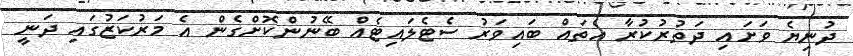
ދުނިޔެ ވަށައި ދަތުރުކުރާ އެތައް ބައިވަރު ސެޓެލައިޓެއް ބޭނުންކޮށްގެން އެ މަރުކަޒުގައި ދަނީ